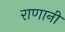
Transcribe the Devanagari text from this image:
राणानी